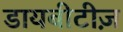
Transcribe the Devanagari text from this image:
डायबीटीज़